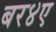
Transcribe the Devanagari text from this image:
बर४ए